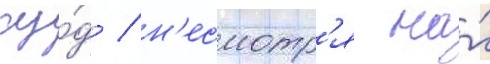
су́д / н'есмотр'я на́